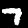
Digit: 7